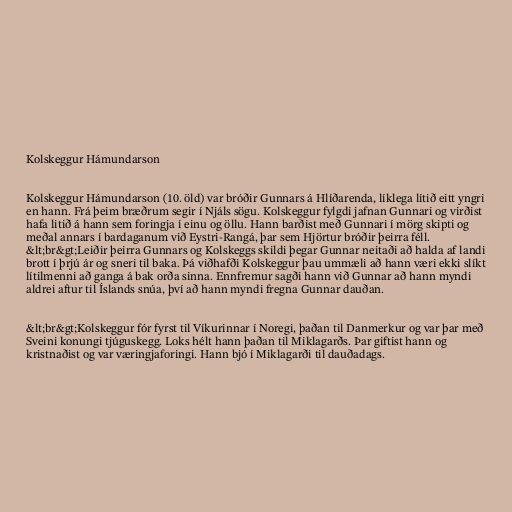
Kolskeggur Hámundarson

Kolskeggur Hámundarson (10. öld) var bróðir Gunnars á Hlíðarenda, líklega lítið eitt yngri
en hann. Frá þeim bræðrum segir í Njáls sögu. Kolskeggur fylgdi jafnan Gunnari og virðist
hafa litið á hann sem foringja í einu og öllu. Hann barðist með Gunnari í mörg skipti og
meðal annars í bardaganum við Eystri-Rangá, þar sem Hjörtur bróðir þeirra féll.
&lt;br&gt;Leiðir þeirra Gunnars og Kolskeggs skildi þegar Gunnar neitaði að halda af landi
brott í þrjú ár og sneri til baka. Þá viðhafði Kolskeggur þau ummæli að hann væri ekki slíkt
lítilmenni að ganga á bak orða sinna. Ennfremur sagði hann við Gunnar að hann myndi
aldrei aftur til Íslands snúa, því að hann myndi fregna Gunnar dauðan.

&lt;br&gt;Kolskeggur fór fyrst til Víkurinnar í Noregi, þaðan til Danmerkur og var þar með
Sveini konungi tjúguskegg. Loks hélt hann þaðan til Miklagarðs. Þar giftist hann og
kristnaðist og var væringjaforingi. Hann bjó í Miklagarði til dauðadags.